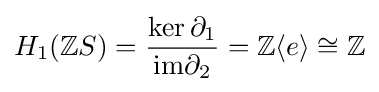
H_{1}(\mathbb {Z} S)={\frac {\ker \partial _{1}}{\mathrm {im} \partial _{2}}}=\mathbb {Z} \langle e\rangle \cong \mathbb {Z}